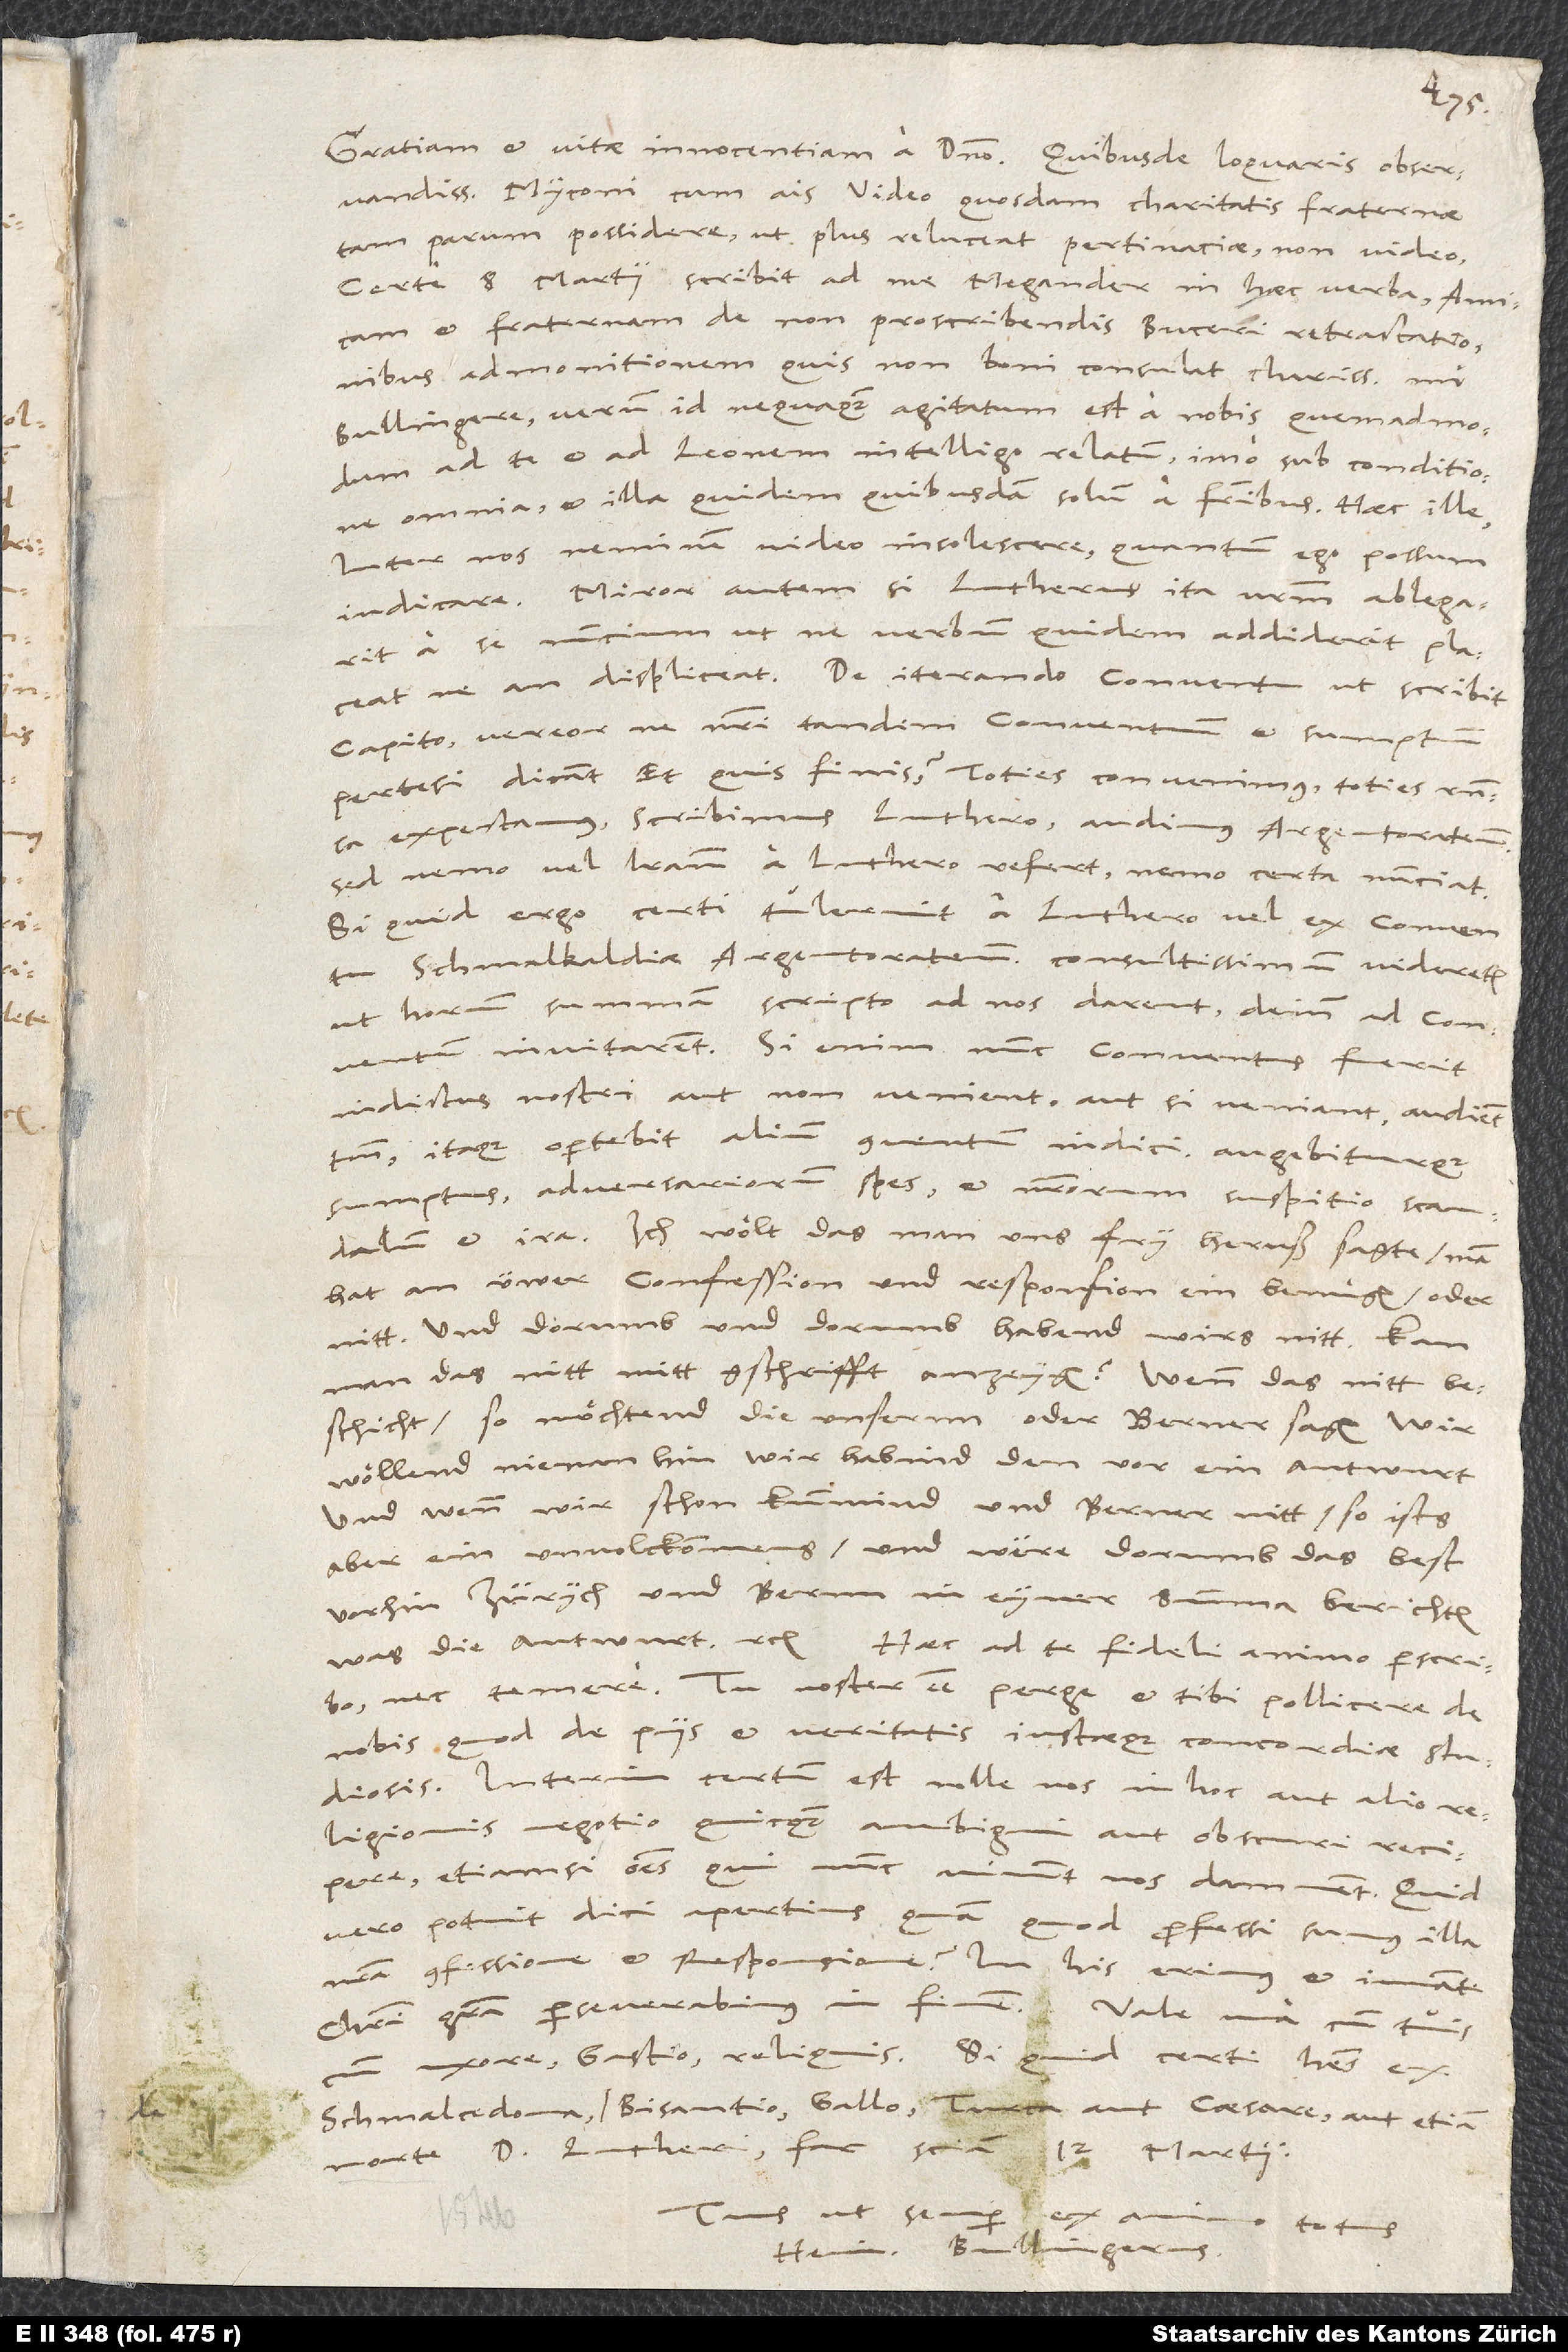
observandissime Myconi, cum ais: "Video quosdam charitatis fraternae
tam parum possidere, ut plus reluceat pertinaciae", non video.
Certe 8. martii scribit ad me Megander in haec verba: "Amicam
et fraternam de non proscribendis Buceri Retractationibus
admonitionem quis non boni consulat, charissime mi
Bullingere? Verum id nequaquam agitatum est a nobis, quemadmodum
ad te et ad Leonem intelligo relatum, imo sub conditione
omnia, et illa quidem quibusdam solum a fratribus." Haec ille.
Inter nos neminem video insolescere, quantum ego possum
iudicare. Miror autem, si Lutherus ita nostrum ablegarit
a se nuncium, ut ne verbum quidem addiderit, placeatne
Capito, vereor, ne nostri tandem conventuum et sumptuum
pertesi dicant: "Et quis finis? Toties convenimus, toties responsa
expectamus, scribimus Luthero, audimus Argentoratenses;
sed nemo vel literam a Luthero refert, nemo certa nunciat."
Si quid ergo certi tulerint a Luthero vel ex conventu
Schmalkaldiae Argentoratenses, consultissimum videretur,
ut horum summam scripto ad nos darent, deinde ad conventum
invitarent. Si enim nunc conventus fuerit
indictus, nostri aut non venient aut, si veniant, audient
Itaque oportebit alium conventum indici augebiturque
sumptus, adversariorum spes et nostrorum suspitio, scandalum
et ira. Ich wölt, das man uns fry heruß sagte: "Man
hat an üwer confession und responsion ein benuͤgen oder
nitt, und dorumb und dorumb habend wirs nitt." Kan
man das nitt mitt gschrifft anzeygen? Wenn das nitt
beschicht so möchtend die unsernn oder Berner, sagen: "Wir
wöllend nienan hin, wir habind den vor ein antwurt".
Und wenn wir schon kummind und Berner nitt, so ists
aber ein unvolckommens, und were dorumb das best,
vorhin Zürych und Bernn in eyner summa berichten,
nec temere. Tu noster esse perge et tibi pollicere de
nobis, quod de piis et veritatis iustaeque concordiae studiosis.
Interim certum est nolle nos in hoc aut alio
religionis negotio quicquam ambigui aut obscuri recipere,
etiamsi omnes, qui nunc vivunt, nos damnent. Quid
vero potuit dici apertius, quam quod professi sumus illa
nostra confessione et responsione? In his erimus et iuvante
uxore, Gastio, reliquis. Si quid certi habes ex
Schmalcedona, de Bisantio, Gallo, Turca aut caesare aut etiam
Tuus ut semper
totus
Hein. Bullingerus.